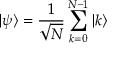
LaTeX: | \psi \rangle = { \frac { 1 } { \sqrt { N } } } \sum _ { k = 0 } ^ { N - 1 } | k \rangle